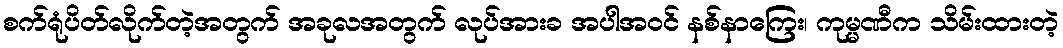
စက်ရုံပိတ်လိုက်တဲ့အတွက် အခုလအတွက် လုပ်အားခ အပါအဝင် နစ်နာကြေး၊ ကုမ္မဏီက သိမ်းထားတဲ့